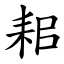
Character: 耜